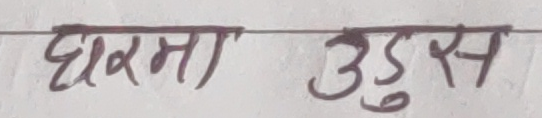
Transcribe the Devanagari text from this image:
घरमा उडुस